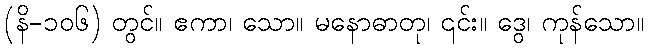
(နိ-၁၀၆) တွင်။ ဧကာ၊ သော။ မနောဓာတု၊ ၎င်း။ ဒွေ၊ ကုန်သော။